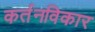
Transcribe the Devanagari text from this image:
कर्तनविकार